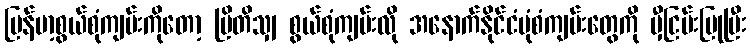
မြန်မာ့စွယ်စုံကျမ်းကိုတော့ ဗြိတိသျှ စွယ်စုံကျမ်းလို အနောက်နိုင်ငံပုံစံကျမ်းတွေကို မှီငြမ်းပြုပြီး